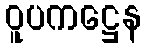
ဝူပကဋ္ဌေန